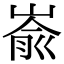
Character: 嵛